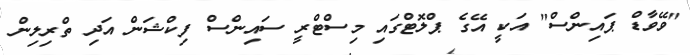
"ވޭވާޑް ޕައިންސް" އަކީ އޭގެ ޕްލޮޓްގައި މިސްޓްރީ ސައިންސް ފިކްޝަން އަދި ތްރިލިން